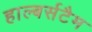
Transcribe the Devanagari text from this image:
हाल्बर्सटैम